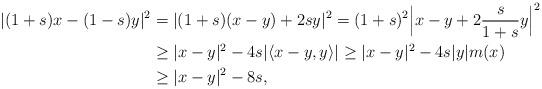
LaTeX: \begin{align*}|(1+s) x - (1-s) y|^2& =|(1+s) (x - y) +2sy|^2= (1+s)^2 \Big|x - y + 2\frac{s}{1+s}y\Big|^2 \\ & \ge |x-y|^2 - 4s|\langle x-y, y \rangle| \ge |x - y|^2 - 4s |y| m(x) \\ & \ge |x - y|^2 - 8s,\end{align*}